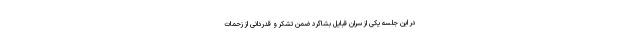
در این جلسه یکی از سران قبایل بشاگرد ضمن تشکر و قدردانی از زحمات